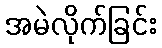
အမဲလိုက်ခြင်း